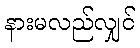
နားမလည်လျှင်